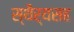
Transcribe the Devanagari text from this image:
स्थैर्यसह